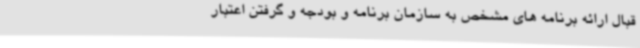
قبال ارائه برنامه های مشخص به سازمان برنامه و بودجه و گرفتن اعتبار